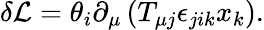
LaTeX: \delta\mathcal{L}=\theta_{i}\partial_{\mu}\left(T_{\mu j}\epsilon_{jik}x_{k}\right).